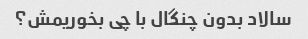
سالاد بدون چنگال با چی بخوریمش؟